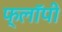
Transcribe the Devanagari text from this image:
फ्लाॅपी